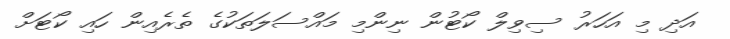
އަދި މި އަހަރު ސިވިލް ކޯޓުން ނިންމި މައްސަލަތަކުގެ ތެރެއިން ހައި ކޯޓަށް